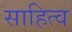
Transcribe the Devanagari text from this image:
साहित्व